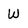
Character: W